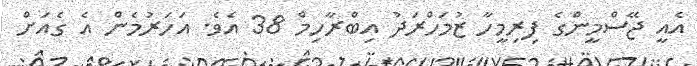
އެެއީ ޖޭސްމީންގެެ ފިރިމީހާ ޒުމަހްރަދު އިބްރާހިމް 38 އެވެެ. އަހަރުމެން އެ ގެެއަށް